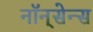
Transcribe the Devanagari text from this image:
नॉन्‌सेन्स